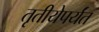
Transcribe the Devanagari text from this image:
तृतीयेपर्यंत